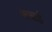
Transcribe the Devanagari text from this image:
रूसई